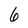
Character: 6